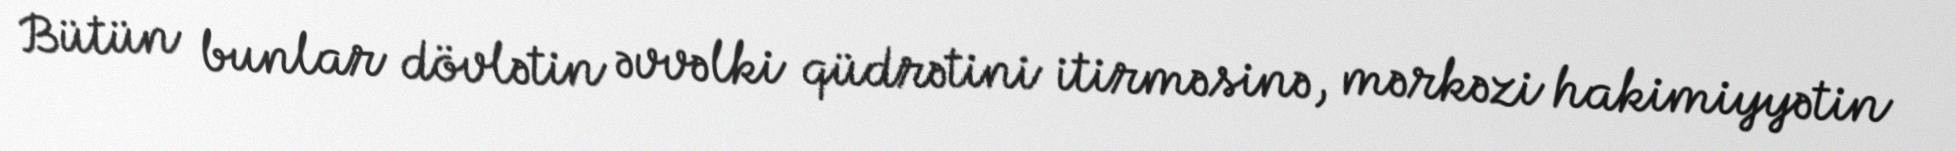
Bütün bunlar dövlətin əvvəlki qüdrətini itirməsinə, mərkəzi hakimiyyətin